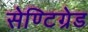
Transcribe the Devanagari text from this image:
सेण्टिग्रेड